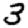
Digit: 3